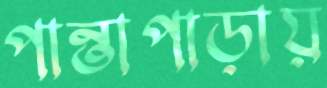
পান্তাপাড়ায়